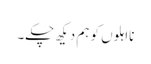
نااہلوں کو ہم دیکھ چکے۔